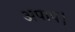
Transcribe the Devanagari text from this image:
अपाप।